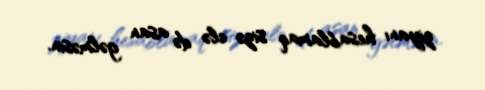
ziyanı hesablamaq sizə elə də asan gəlməsin.